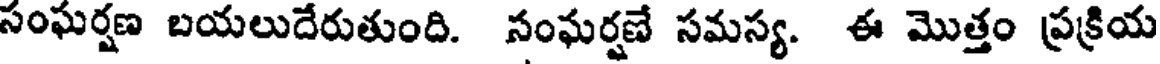
సంఘర్షణ బయలుదేరుతుంది. సంఘర్షణే సమస్య. ఈ మొత్తం ప్రక్రియ